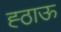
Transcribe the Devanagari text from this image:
ह्ठाऊ